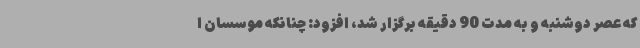
که عصر دوشنبه و به مدت 90 دقیقه برگزار شد، افزود: چنانکه موسسان ا